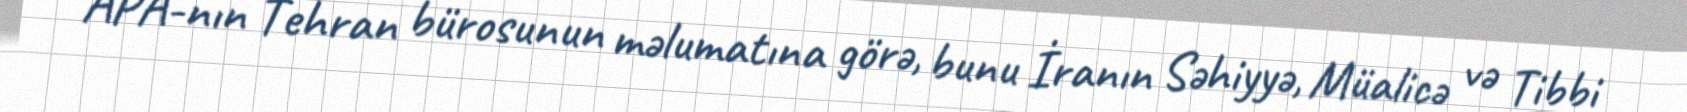
APA-nın Tehran bürosunun məlumatına görə, bunu İranın Səhiyyə, Müalicə və Tibbi